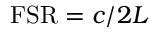
\mathrm { F S R } = c / 2 L